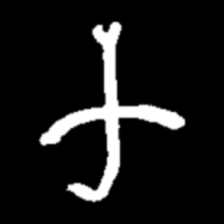
Pyu character \u2014 Myanmar letter: က (romanized: ka)